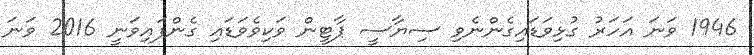
1946 ވަނަ އަހަރު ގުޅިވަޑައިގެންނެވި ސިޔާސީ ޕާޓީން ވަކިވެވަޑައި ގެންފައިވަނީ 2016 ވަނަ